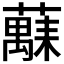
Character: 𫊅